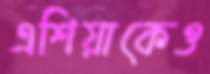
এশিয়াকেও